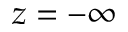
z = - \infty